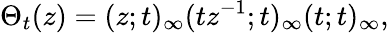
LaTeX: \Theta_{t}(z)=(z;t)_{\infty}(tz^{-1};t)_{\infty}(t;t)_{\infty},